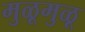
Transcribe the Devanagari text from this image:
मुळूमुळू